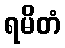
ရမိတံ